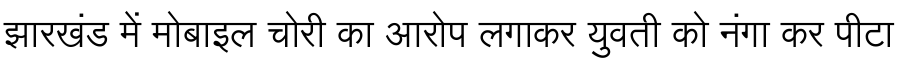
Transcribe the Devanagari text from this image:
झारखंड में मोबाइल चोरी का आरोप लगाकर युवती को नंगा कर पीटा